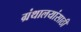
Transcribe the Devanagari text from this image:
ग्रंथालयांसाठी